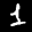
Label: 1